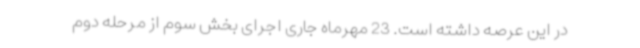
در این عرصه داشته است. 23 مهرماه جاری اجرای بخش سوم از مرحله دوم